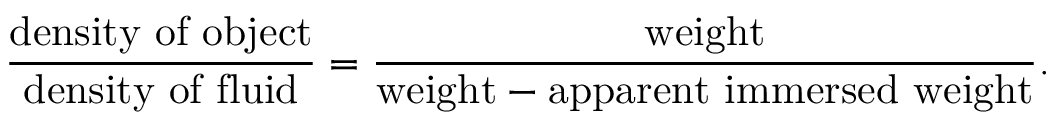
{ \frac { \mathrm { d e n s i t y ~ o f ~ o b j e c t } } { \mathrm { d e n s i t y ~ o f ~ f l u i d } } } = { \frac { \mathrm { w e i g h t } } { { \mathrm { w e i g h t } } - { \mathrm { a p p a r e n t ~ i m m e r s e d ~ w e i g h t } } } } .